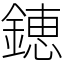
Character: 𨫍